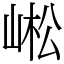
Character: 㟣